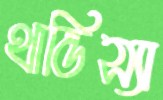
থান্ডিস্যা